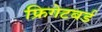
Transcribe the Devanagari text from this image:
फ्रिगेटबर्ड